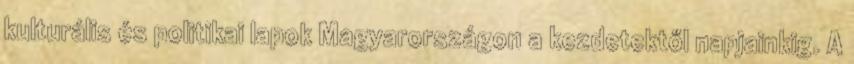
kulturális és politikai lapok Magyarországon a kezdetektől napjainkig. A